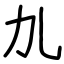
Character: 劜